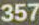
357